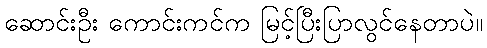
ဆောင်းဦး ကောင်းကင်က မြင့်ပြီးပြာလွင်နေတာပဲ။